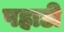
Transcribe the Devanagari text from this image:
पहाडी